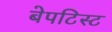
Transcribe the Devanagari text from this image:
बेपटिस्ट